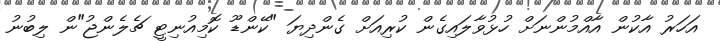
އަހަރު އާކުން އާއްމުންނަށް ހުޅުވާލައިގެން ކުރިއަށް ގެންދިޔަ "ކޭންޑޫ ކޮމިއުނިޓީ ޗެލެންޖު"ން ލިބުނު